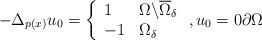
LaTeX: \begin{align*}-\Delta _{p(x)}u_{0}=\left\{\begin{array}{ll}1 & \Omega \backslash \overline{\Omega }_{\delta } \\-1 & \Omega _{\delta }\end{array}\right. ,u_{0}=0\partial \Omega \end{align*}